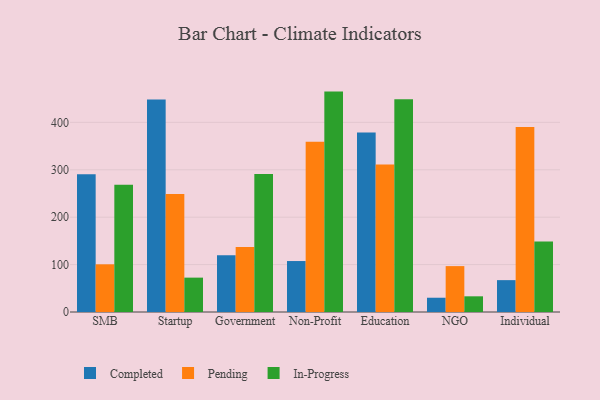
{"axis": {"x": "Segment", "y": "Humidity (%)"}, "legend": ["Completed", "In-Progress", "Pending"], "data": [{"x": "SMB", "y": 290.6, "type": "Completed"}, {"x": "SMB", "y": 100.6, "type": "Pending"}, {"x": "SMB", "y": 268.4, "type": "In-Progress"}, {"x": "Startup", "y": 448.3, "type": "Completed"}, {"x": "Startup", "y": 248.9, "type": "Pending"}, {"x": "Startup", "y": 72.5, "type": "In-Progress"}, {"x": "Government", "y": 119.7, "type": "Completed"}, {"x": "Government", "y": 137.1, "type": "Pending"}, {"x": "Government", "y": 290.9, "type": "In-Progress"}, {"x": "Non-Profit", "y": 107.5, "type": "Completed"}, {"x": "Non-Profit", "y": 359.1, "type": "Pending"}, {"x": "Non-Profit", "y": 464.9, "type": "In-Progress"}, {"x": "Education", "y": 378.4, "type": "Completed"}, {"x": "Education", "y": 310.9, "type": "Pending"}, {"x": "Education", "y": 448.9, "type": "In-Progress"}, {"x": "NGO", "y": 30.1, "type": "Completed"}, {"x": "NGO", "y": 96.8, "type": "Pending"}, {"x": "NGO", "y": 33.1, "type": "In-Progress"}, {"x": "Individual", "y": 67.2, "type": "Completed"}, {"x": "Individual", "y": 390.1, "type": "Pending"}, {"x": "Individual", "y": 148.9, "type": "In-Progress"}]}